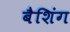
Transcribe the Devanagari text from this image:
बैशिंग